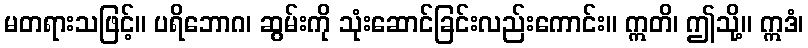
မတရားသဖြင့်။ ပရိဘောဂ၊ ဆွမ်းကို သုံးဆောင်ခြင်းလည်းကောင်း။ ဣတိ၊ ဤသို့။ ဣဒံ၊